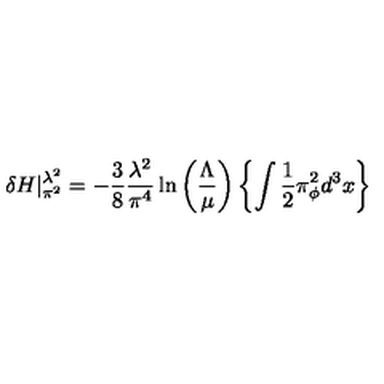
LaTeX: \delta H | _ { \pi ^ { 2 } } ^ { \lambda ^ { 2 } } = - { \frac { 3 } { 8 } } { \frac { \lambda ^ { 2 } } { \pi ^ { 4 } } } \ln \left( { \frac { \Lambda } { \mu } } \right) \left\{ \int { \frac { 1 } { 2 } } \pi _ { \phi } ^ { 2 } d ^ { 3 } x \right\}